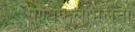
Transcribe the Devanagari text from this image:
पुण्यफलमिलता